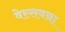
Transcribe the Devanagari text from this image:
वेस्सवना